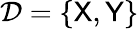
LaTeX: \mathcal{D}=\{ {\sf X},{\sf Y}\}